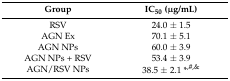
<table><thead><tr><td><b>Group</b></td><td><b>IC<sub>50</sub> (μg/mL)</b></td></tr></thead><tbody><tr><td>RSV</td><td>24.0 ± 1.5</td></tr><tr><td>AGN Ex</td><td>70.1 ± 5.1</td></tr><tr><td>AGN NPs</td><td>60.0 ± 3.9</td></tr><tr><td>AGN NPs + RSV</td><td>53.4 ± 3.9</td></tr><tr><td>AGN/RSV NPs</td><td>38.5 ± 2.1 *<sup>,#,&amp;</sup></td></tr></tbody></table>